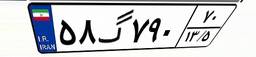
۵۸گ۷۹۰۷۰